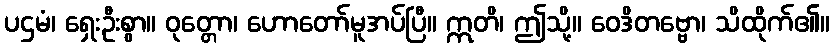
ပဌမံ၊ ရှေးဦးစွာ။ ဝုတ္တော၊ ဟောတော်မူအပ်ပြီ။ ဣတိ၊ ဤသို့။ ဝေဒိတဗ္ဗော၊ သိထိုက်၏။